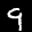
Label: 9